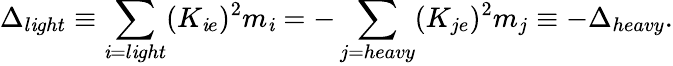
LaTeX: \Delta_{l\mathit{i}ght}\equiv\sum_{\mathit{i}=l\mathit{i}ght}(K_{\mathit{i}e})^{2}m_{\mathit{i}}=-\sum_{j=heavy}(K_{je})^{2}m_{j}\equiv-\Delta_{heavy}.